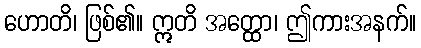
ဟောတိ၊ ဖြစ်၏။ ဣတိ အတ္ထော၊ ဤကားအနက်။